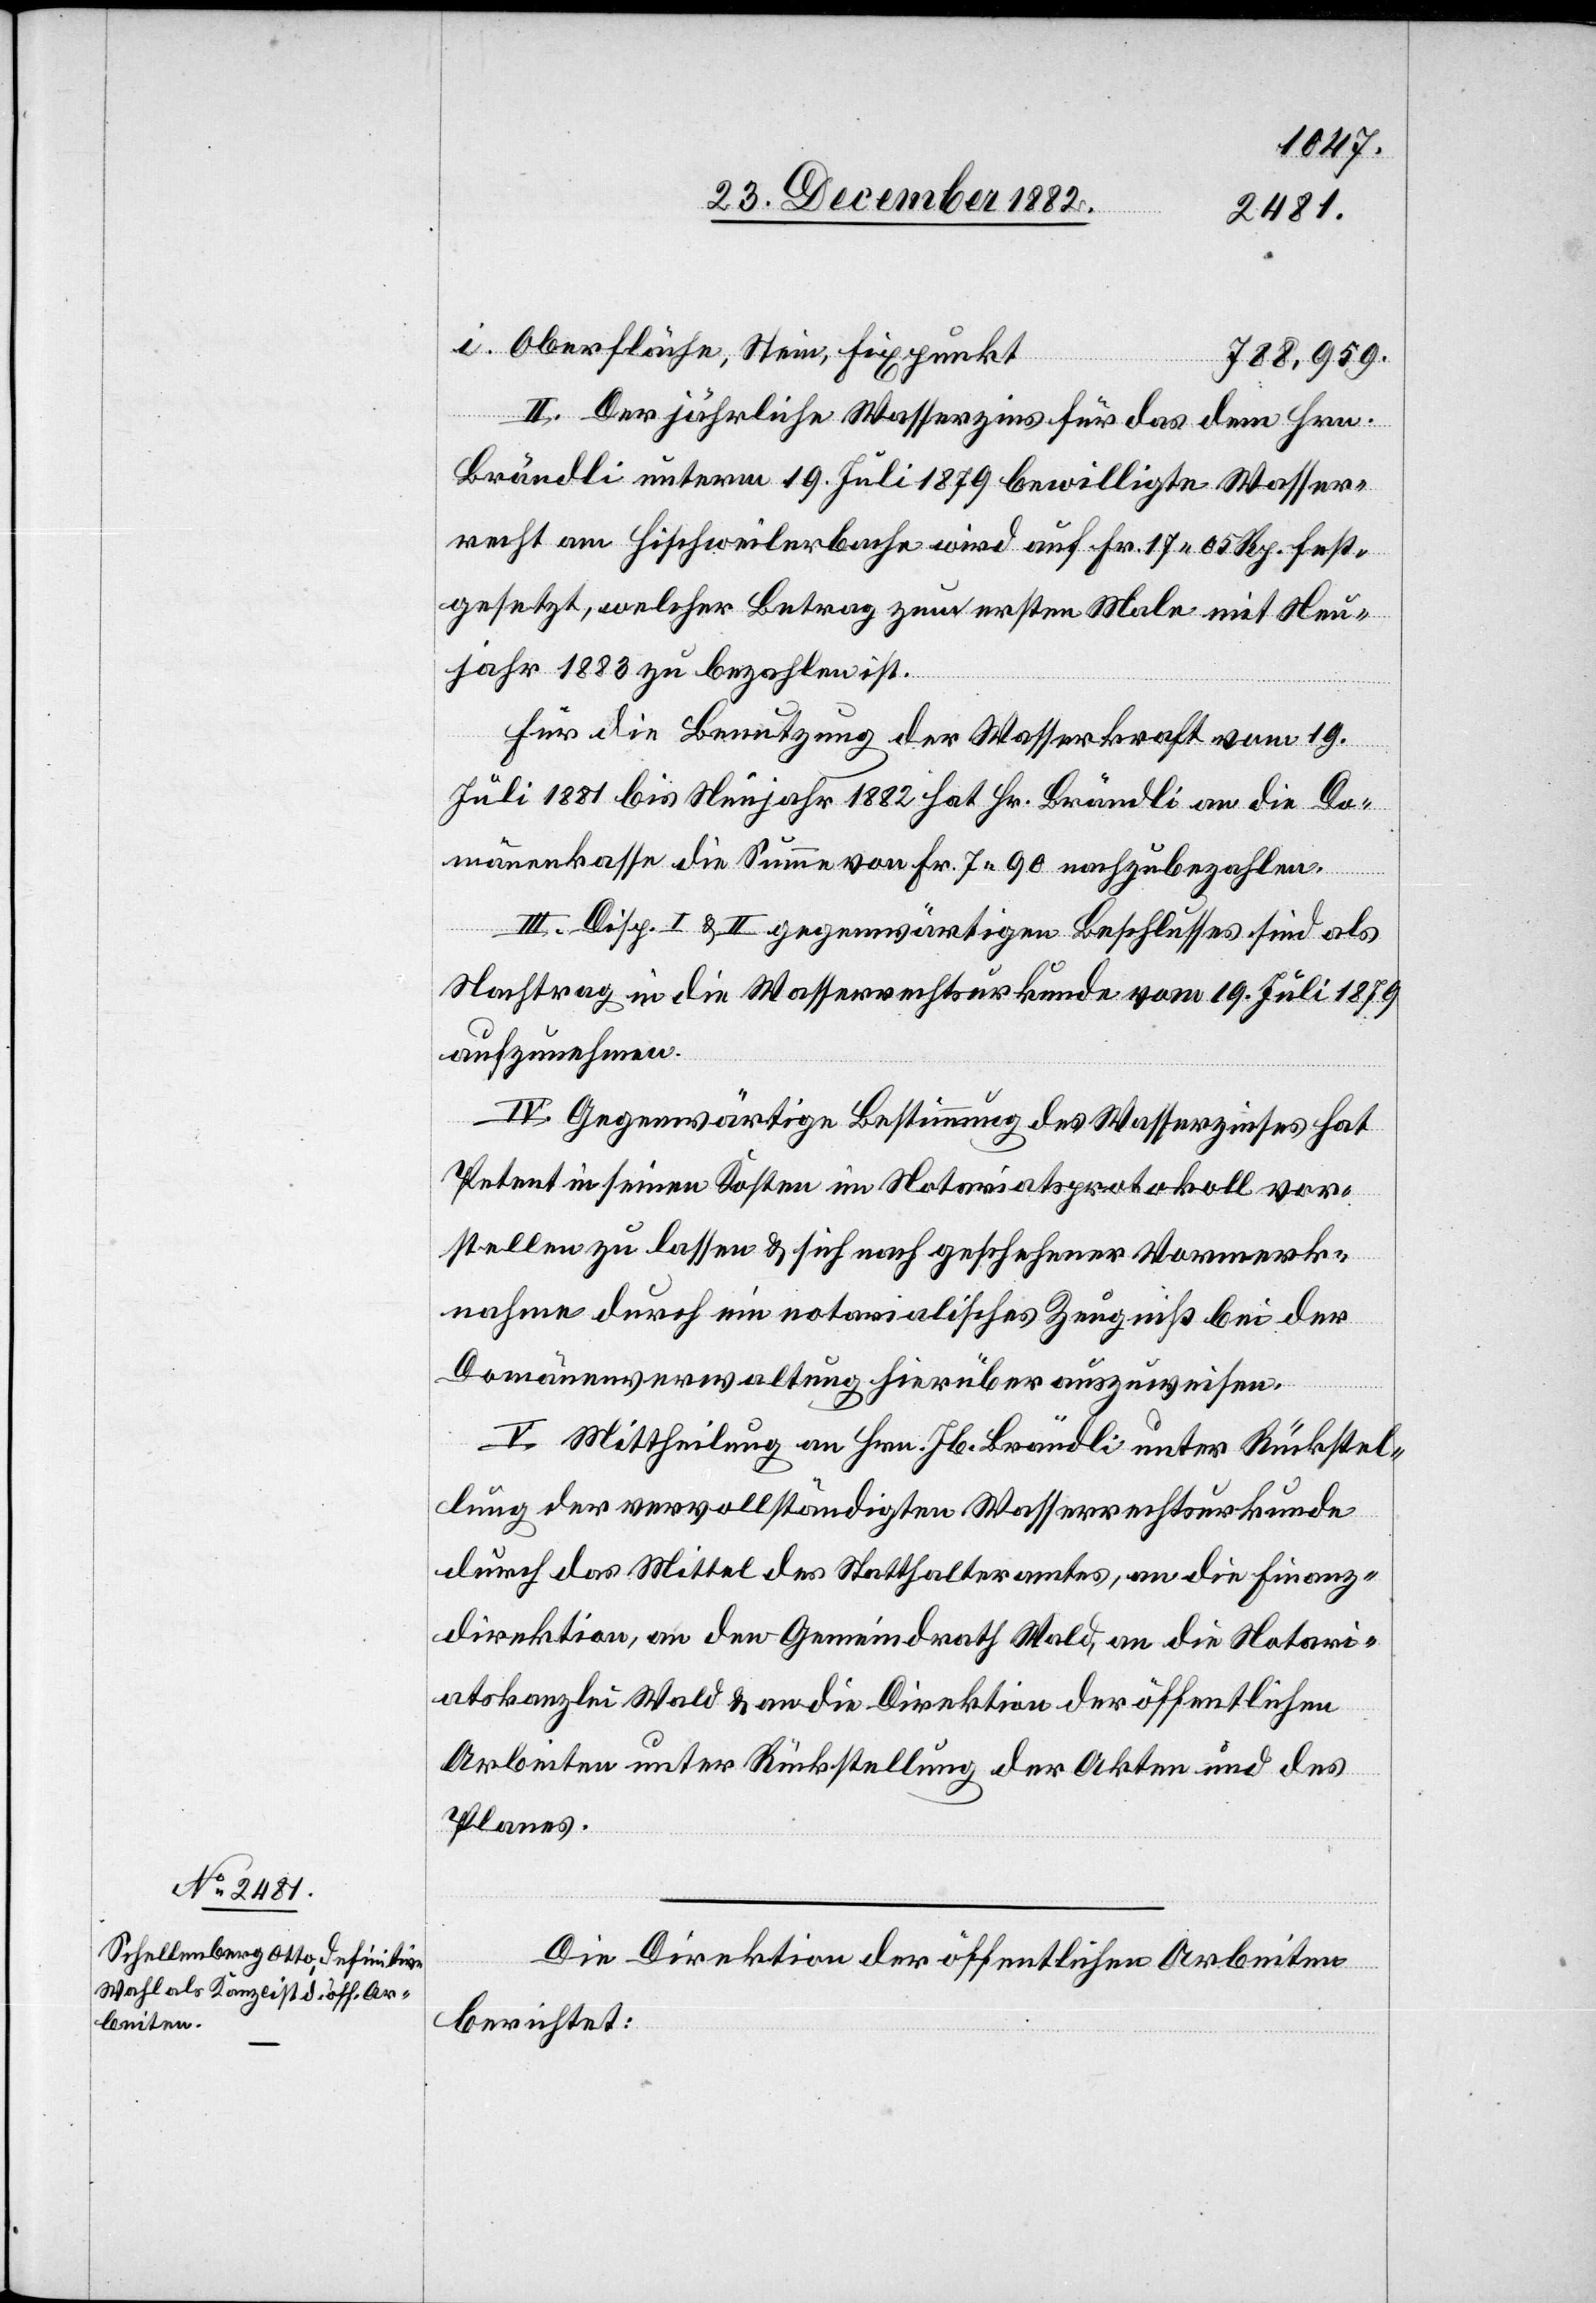
i.
788,959.
II. Der jährliche Wasserzins für das dem Hrn.
Brändli unterm 19. Juli 1879 bewilligte Wasser¬
recht am Hirschweilerbache wird auf Fr. 17 05 Rp. fest¬
gesetzt, welcher Betrag zum ersten Male mit Neu¬
jahr 1883 zu bezahlen ist.
Für die Benutzung der Wasserkraft vom 19.
Juli 1881 bis Neujahr 1882 hat Hr. Brändli an die Do¬
mänenkasse die Summe von Fr. 7 90 nachzubezahlen.
Stein,
III. Disp. I & II gegenwärtigen Beschlusses, sind als
Nachtrag in die Wasserrechtsurkunde vom 19. Juli 1879
aufzunehmen.
IV. Gegenwärtige Bestimmung des Wasserzinses hat
Petent in seinen Kosten im Notariatsprotokoll vor¬
stellen zu lassen & sich nach geschehener Vormerk¬
nahme durch ein notarialisches Zeugniß bei der
Domänenverwaltung hierüber auszuweisen.
V. Mittheilung an Hrn. Jb. Brändli unter Rückstel¬
lung der vervollständigten Wasserrechtsurkunde
durch das Mittel des Statthalteramtes, an die Finanz¬
direktion, an den Gemeindrath Wald, an die Notari¬
atskanzlei Wald & an die Direktion der öffentlichen
Arbeiten unter Rückstellung der Akten und des
Planes.
Die Direktion der öffentlichen Arbeiten
berichtet: